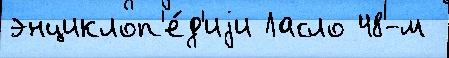
энциклоп'е́д'иjи Ласло 48-м